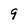
Character: 9